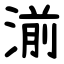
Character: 湔